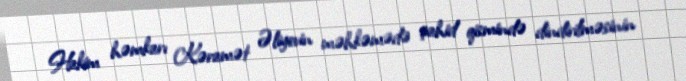
Hakim həmkarı Kəramət Əliyevin məhkəmədə şahid qismində dindirilməsinin